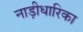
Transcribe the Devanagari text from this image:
नाड़ीधारिका